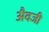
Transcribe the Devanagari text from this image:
अैवजी